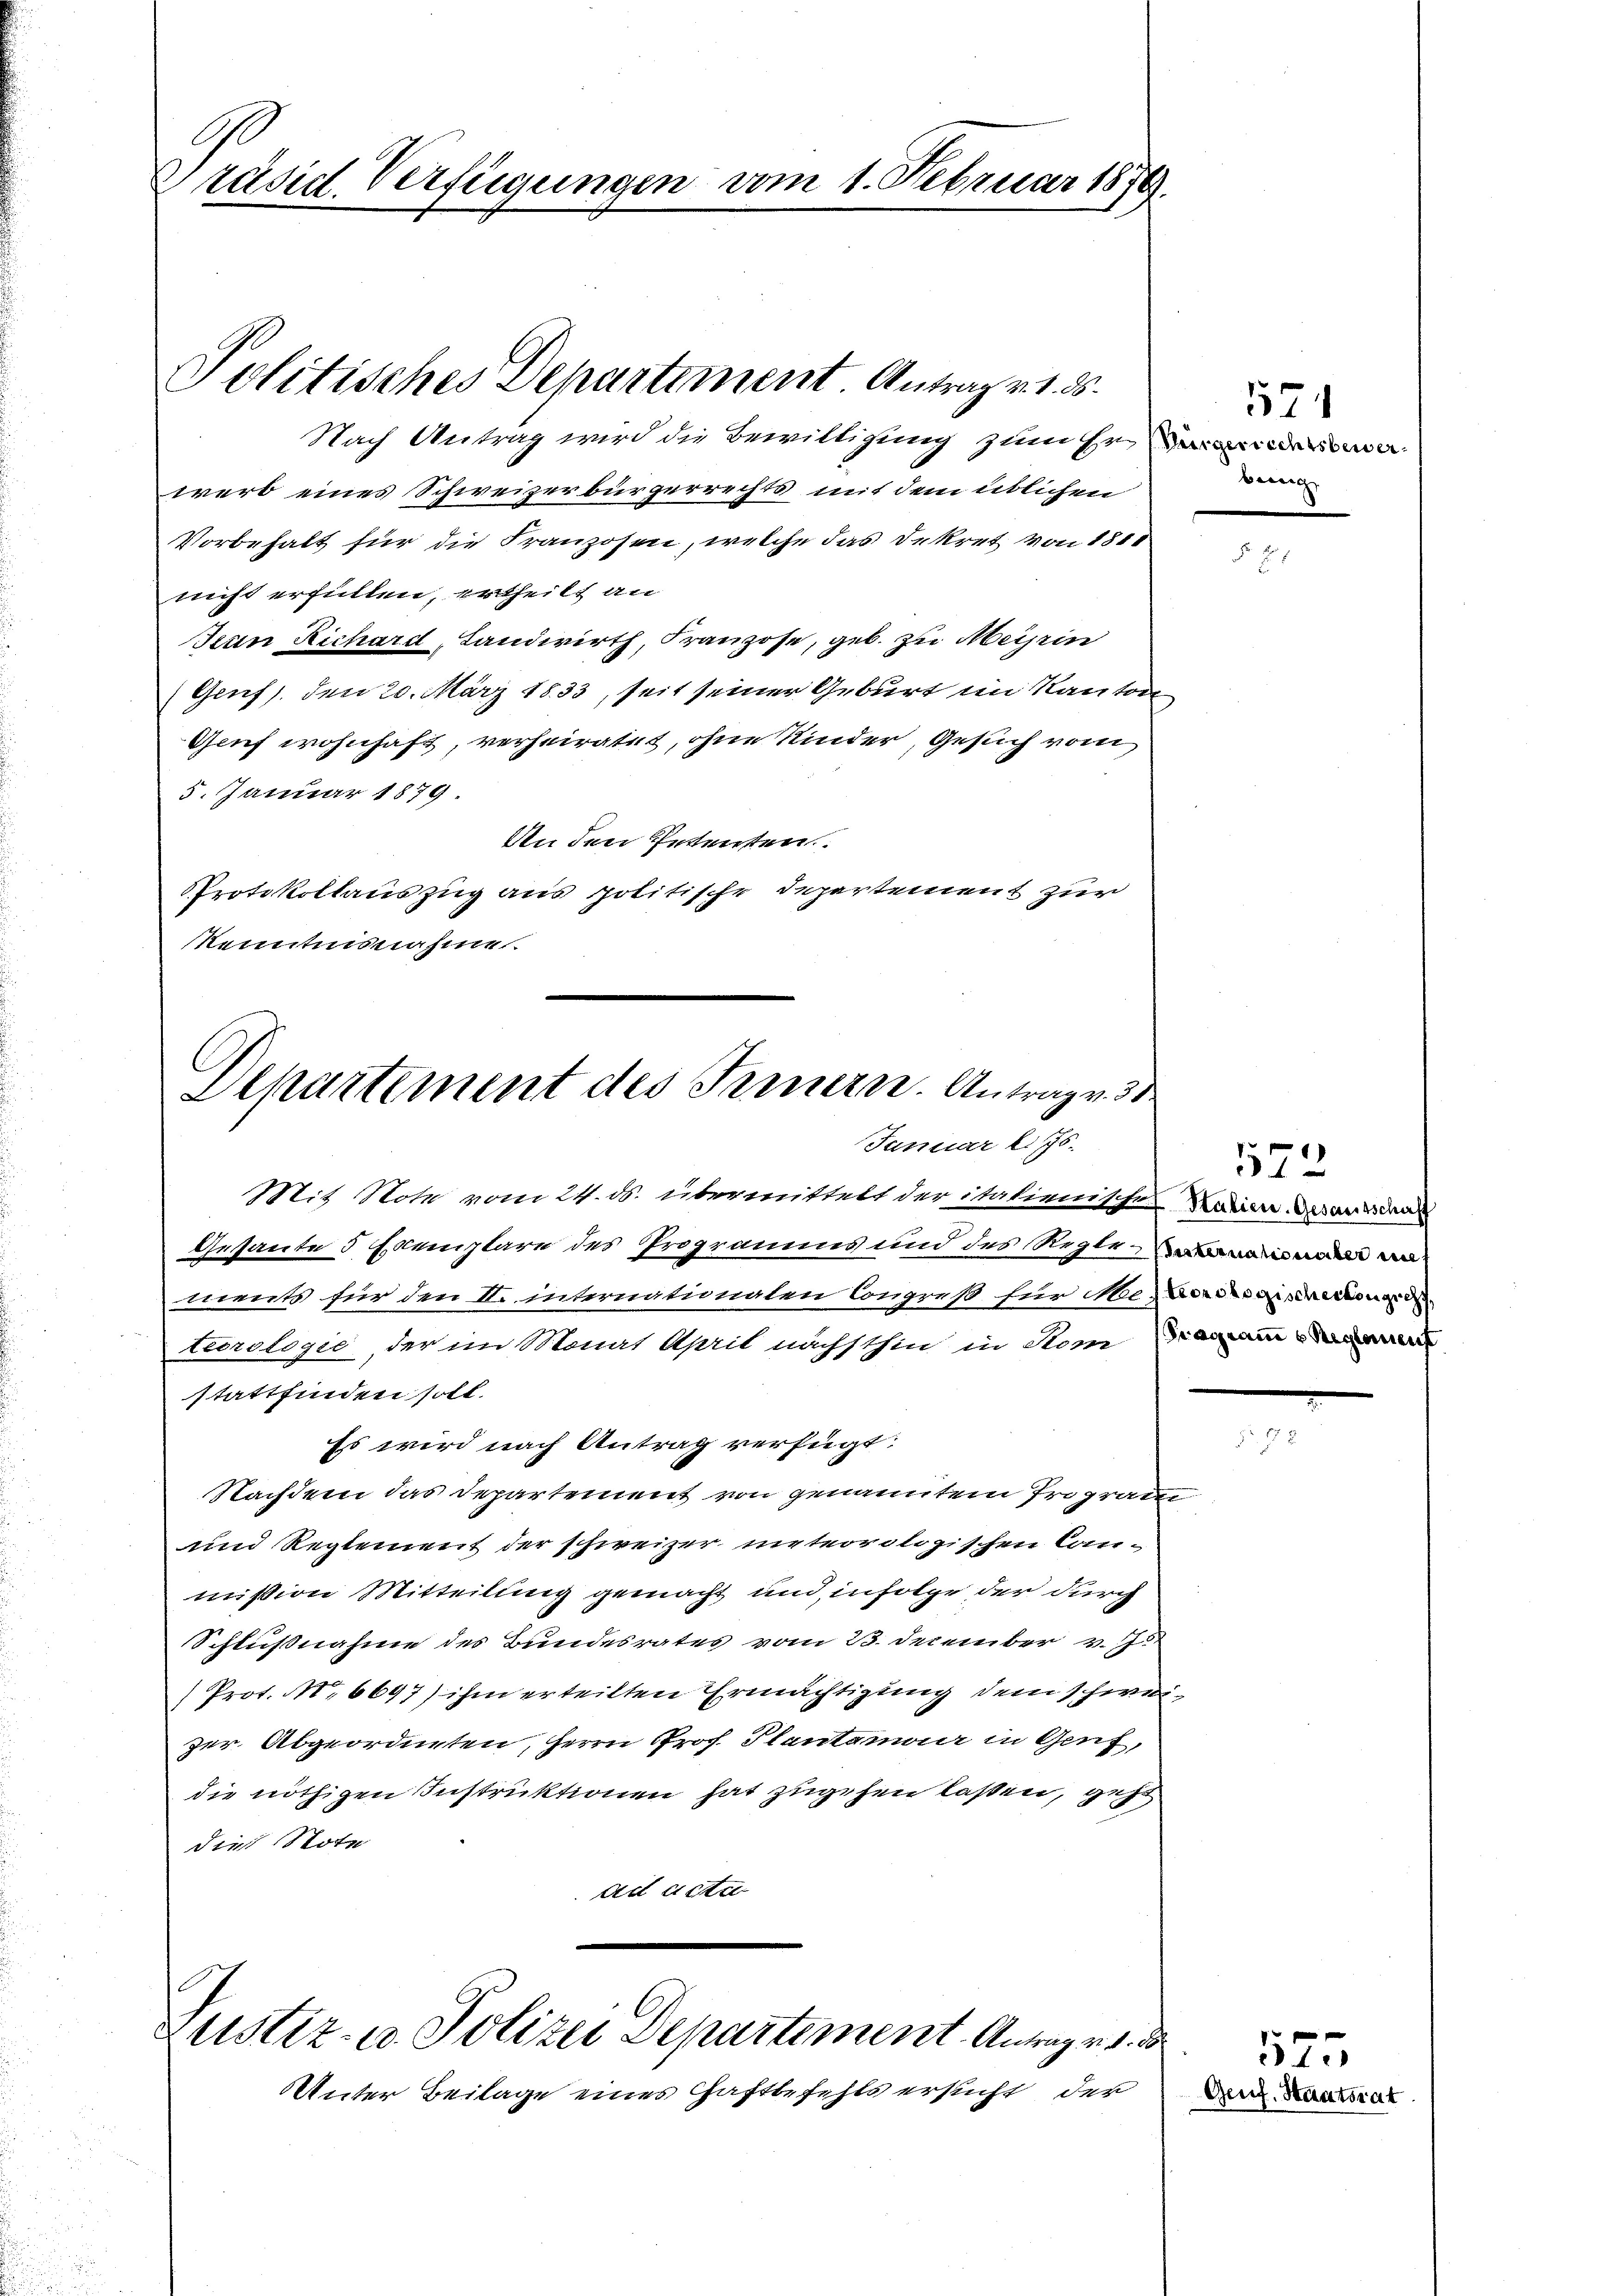
Präsid. Verfügungen vom 1. Februar 1876.

Nach Antrag wird die Bewilligung zum Heiderinn
werb eines Schweizerbürgerrechts mit dem üblichen
Vorbehalt für die Franzosen, welche das Dekret von 1818
nicht erfüllen, ertheilt an
Jean Richard, Landwirth, Franzose, geb. zu Meisein
Geuf), den 20. März 1833, seit seiner Geburt im Kanton
Gruf wohnhaft, verheiratet, ohne Kinder, Gesuch vom
5. Januar 1879.
An den Petenten
Protokollauszug aus politische Departement zur
kenntnisnahme.

Politisches Departement Antrag v. 1. ds.

Departement des Fernern. Antrag v. 30
Januar l. Js.

Justiz- u. Polizei Departement Antrag v. 1.

Unter Beilage eines Haftbefehls ersucht der

571
beme

Mit Hotz vom 24. ds. übermittelt der italienischen Kopier, Gesandsdal
Gesantes emplare des Programms und des Reglemen
ments für den II. internationalen Congreß für Me-Corregischeckenged
teorologie, der im Monat April nächsthin in Som Diamann
stattfinden soll.
Es wird nach Antrag verfügt:
Nachdem das Departement von genanntem Programm
und Reglement der schweizer meteorologischen Canmission Mitteilung gemacht und infolge der durch
Schlußnahme des Bundesrates vom 23. December v. Js.
Prot. No 6697) ihm erteilten Ermächtigung dem schweizer Abgeordneten, Herrn Prof. Plantamor in Genf,
die nöthigen Instruktionen hat zugehen laßen, geht
dies Note
ad Actu

1572

Genf. Haatsrat

523